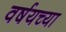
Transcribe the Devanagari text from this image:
वर्षयच्या